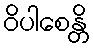
ဝိပါစေန္တိ